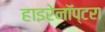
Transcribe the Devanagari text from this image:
हाइरेनॉप्टरा